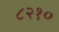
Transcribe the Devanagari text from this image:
८२१०